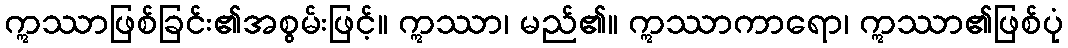
ဣဿာဖြစ်ခြင်း၏အစွမ်းဖြင့်။ ဣဿာ၊ မည်၏။ ဣဿာကာရော၊ ဣဿာ၏ဖြစ်ပုံ